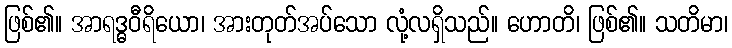
ဖြစ်၏။ အာရဒ္ဓဝီရိယော၊ အားတုတ်အပ်သော လုံ့လရှိသည်။ ဟောတိ၊ ဖြစ်၏။ သတိမာ၊